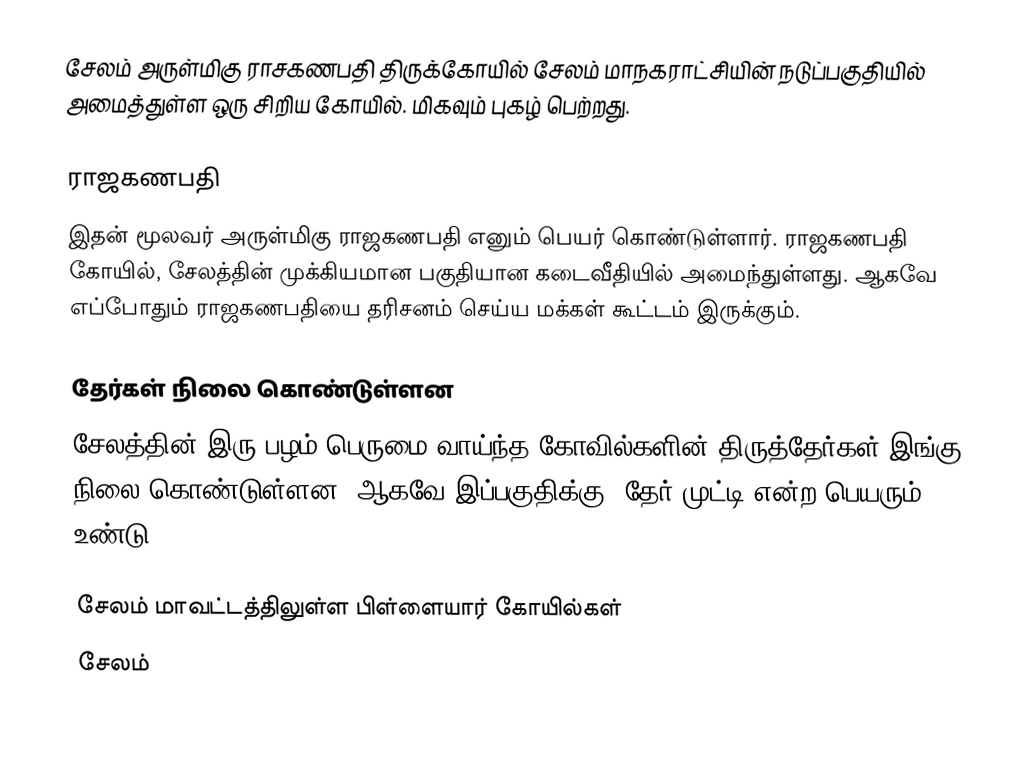
சேலம் அருள்மிகு ராசகணபதி திருக்கோயில் சேலம் மாநகராட்சியின் நடுப்பகுதியில் அமைத்துள்ள ஒரு சிறிய கோயில். மிகவும் புகழ் பெற்றது.

ராஜகணபதி
இதன் மூலவர் அருள்மிகு ராஜகணபதி எனும் பெயர் கொண்டுள்ளார். ராஜகணபதி கோயில், சேலத்தின் முக்கியமான பகுதியான கடைவீதியில் அமைந்துள்ளது. ஆகவே எப்போதும் ராஜகணபதியை தரிசனம் செய்ய மக்கள் கூட்டம் இருக்கும்.

தேர்கள் நிலை கொண்டுள்ளன
சேலத்தின் இரு பழம் பெருமை வாய்ந்த கோவில்களின் திருத்தேர்கள் இங்கு நிலை கொண்டுள்ளன. ஆகவே இப்பகுதிக்கு, தேர் முட்டி என்ற பெயரும் உண்டு.

சேலம் மாவட்டத்திலுள்ள பிள்ளையார் கோயில்கள்
சேலம்